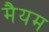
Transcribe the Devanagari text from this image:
मैयम